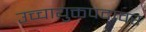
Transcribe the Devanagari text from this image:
उच्चायुक्तपदावर